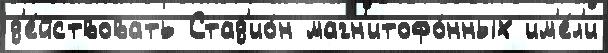
д'е́йствовать Стад'ио́н магн'итофо́нных им'е́л'и